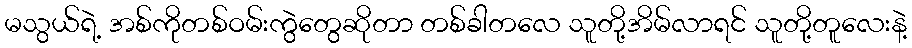
မသွယ်ရဲ့ အစ်ကိုတစ်ဝမ်းကွဲတွေဆိုတာ တစ်ခါတလေ သူတို့အိမ်လာရင် သူတို့တူလေးနဲ့